Language: tamil
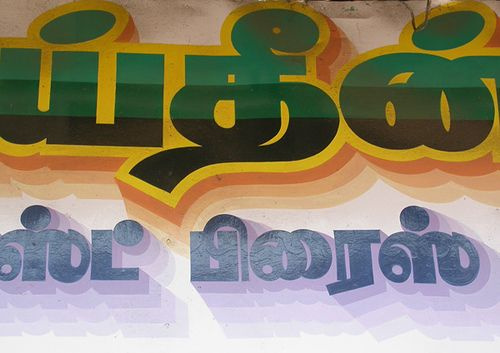
Transcription: ய்தின் ஸ்ட் பிரைஸ்